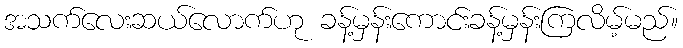
အသက်လေးဆယ်လောက်ဟု ခန့်မှန်းကောင်းခန့်မှန်းကြလိမ့်မည်။